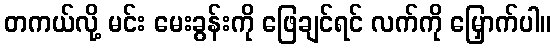
တကယ်လို့ မင်း မေးခွန်းကို ဖြေချင်ရင် လက်ကို မြှောက်ပါ။